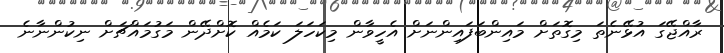
ރާއްޖޭގަ އުޅޭނެތަ މިގޮތަށް މައިންބަފައިންނަށް އެހީވާން މިކަހަލަ ކަމެއް ކޮށްދޭން މަގުމައްޗަށް ނިކުންނާނެ